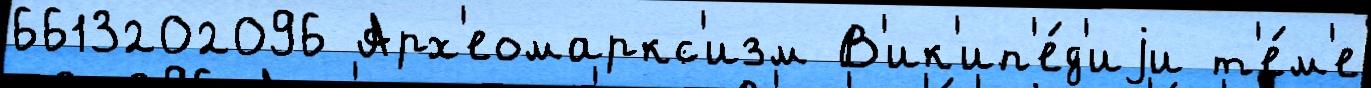
6613202096 Арх'еомаркс'изм В'ик'ип'е́д'иjи т'е́м'е